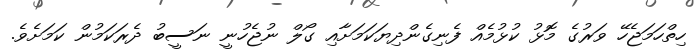
ހިތްހަމަޖެހޭ ވަރުގެ މޮޅު ކުޅުމެއް ފެނިގެންދިޔަކަމަށާއި ގޯލް ނުޖެހުނީ ނަސީބު ދެރަކަމުން ކަމަށެވެ.